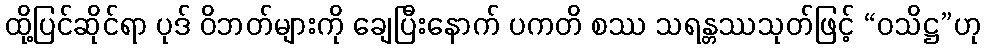
ထို့ပြင်ဆိုင်ရာ ပုဒ် ဝိဘတ်များကို ချေပြီးနောက် ပကတိ စဿ သရန္တဿသုတ်ဖြင့် “ဝသိဋ္ဌ”ဟု